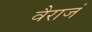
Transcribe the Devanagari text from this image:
वैराजं